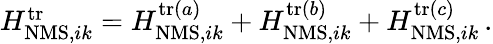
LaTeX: \begin{array}{r}{H_{\mathrm{NMS},ik}^{\mathrm{tr}}=H_{\mathrm{NMS},ik}^{\mathrm{tr}(a)}+H_{\mathrm{NMS},ik}^{\mathrm{tr}(b)}+H_{\mathrm{NMS},ik}^{\mathrm{tr}(c)}\, .}\end{array}